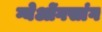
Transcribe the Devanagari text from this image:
ग्येओंगसांग